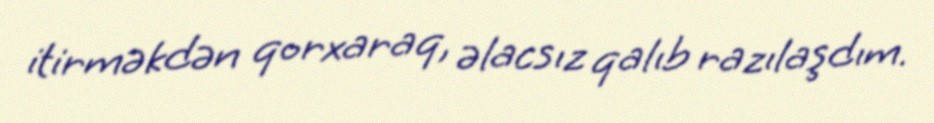
itirməkdən qorxaraq, əlacsız qalıb razılaşdım.